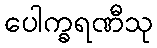
ပေါက္ခရဏီသု